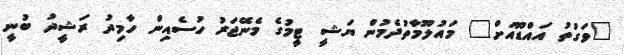
"ވަގުތު އައްޑޫއަށް" މައުލޫމާތުދެމުން ޔަޝީ ޓީމުގެ މެނޭޖަރު ހުސެއިން ހާމިދު ރަޝީދު ބުނީ